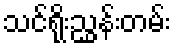
သင်ရိုးညွှန်းတမ်း